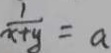
\frac { 1 } { x + y } = a